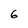
Character: 6